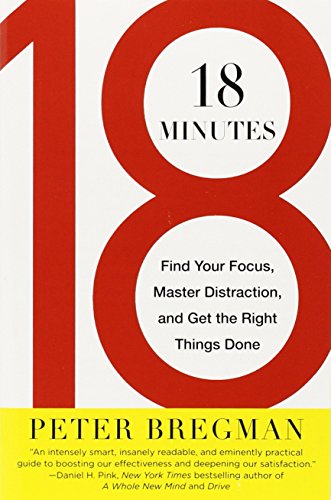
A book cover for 18 Minutes: Find Your Focus, Master Distraction, and Get the Right Things Done; Peter Bregman; Business & Money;